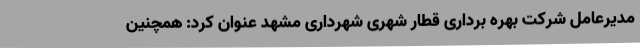
مدیرعامل شرکت بهره برداری قطار شهری شهرداری مشهد عنوان کرد: همچنین